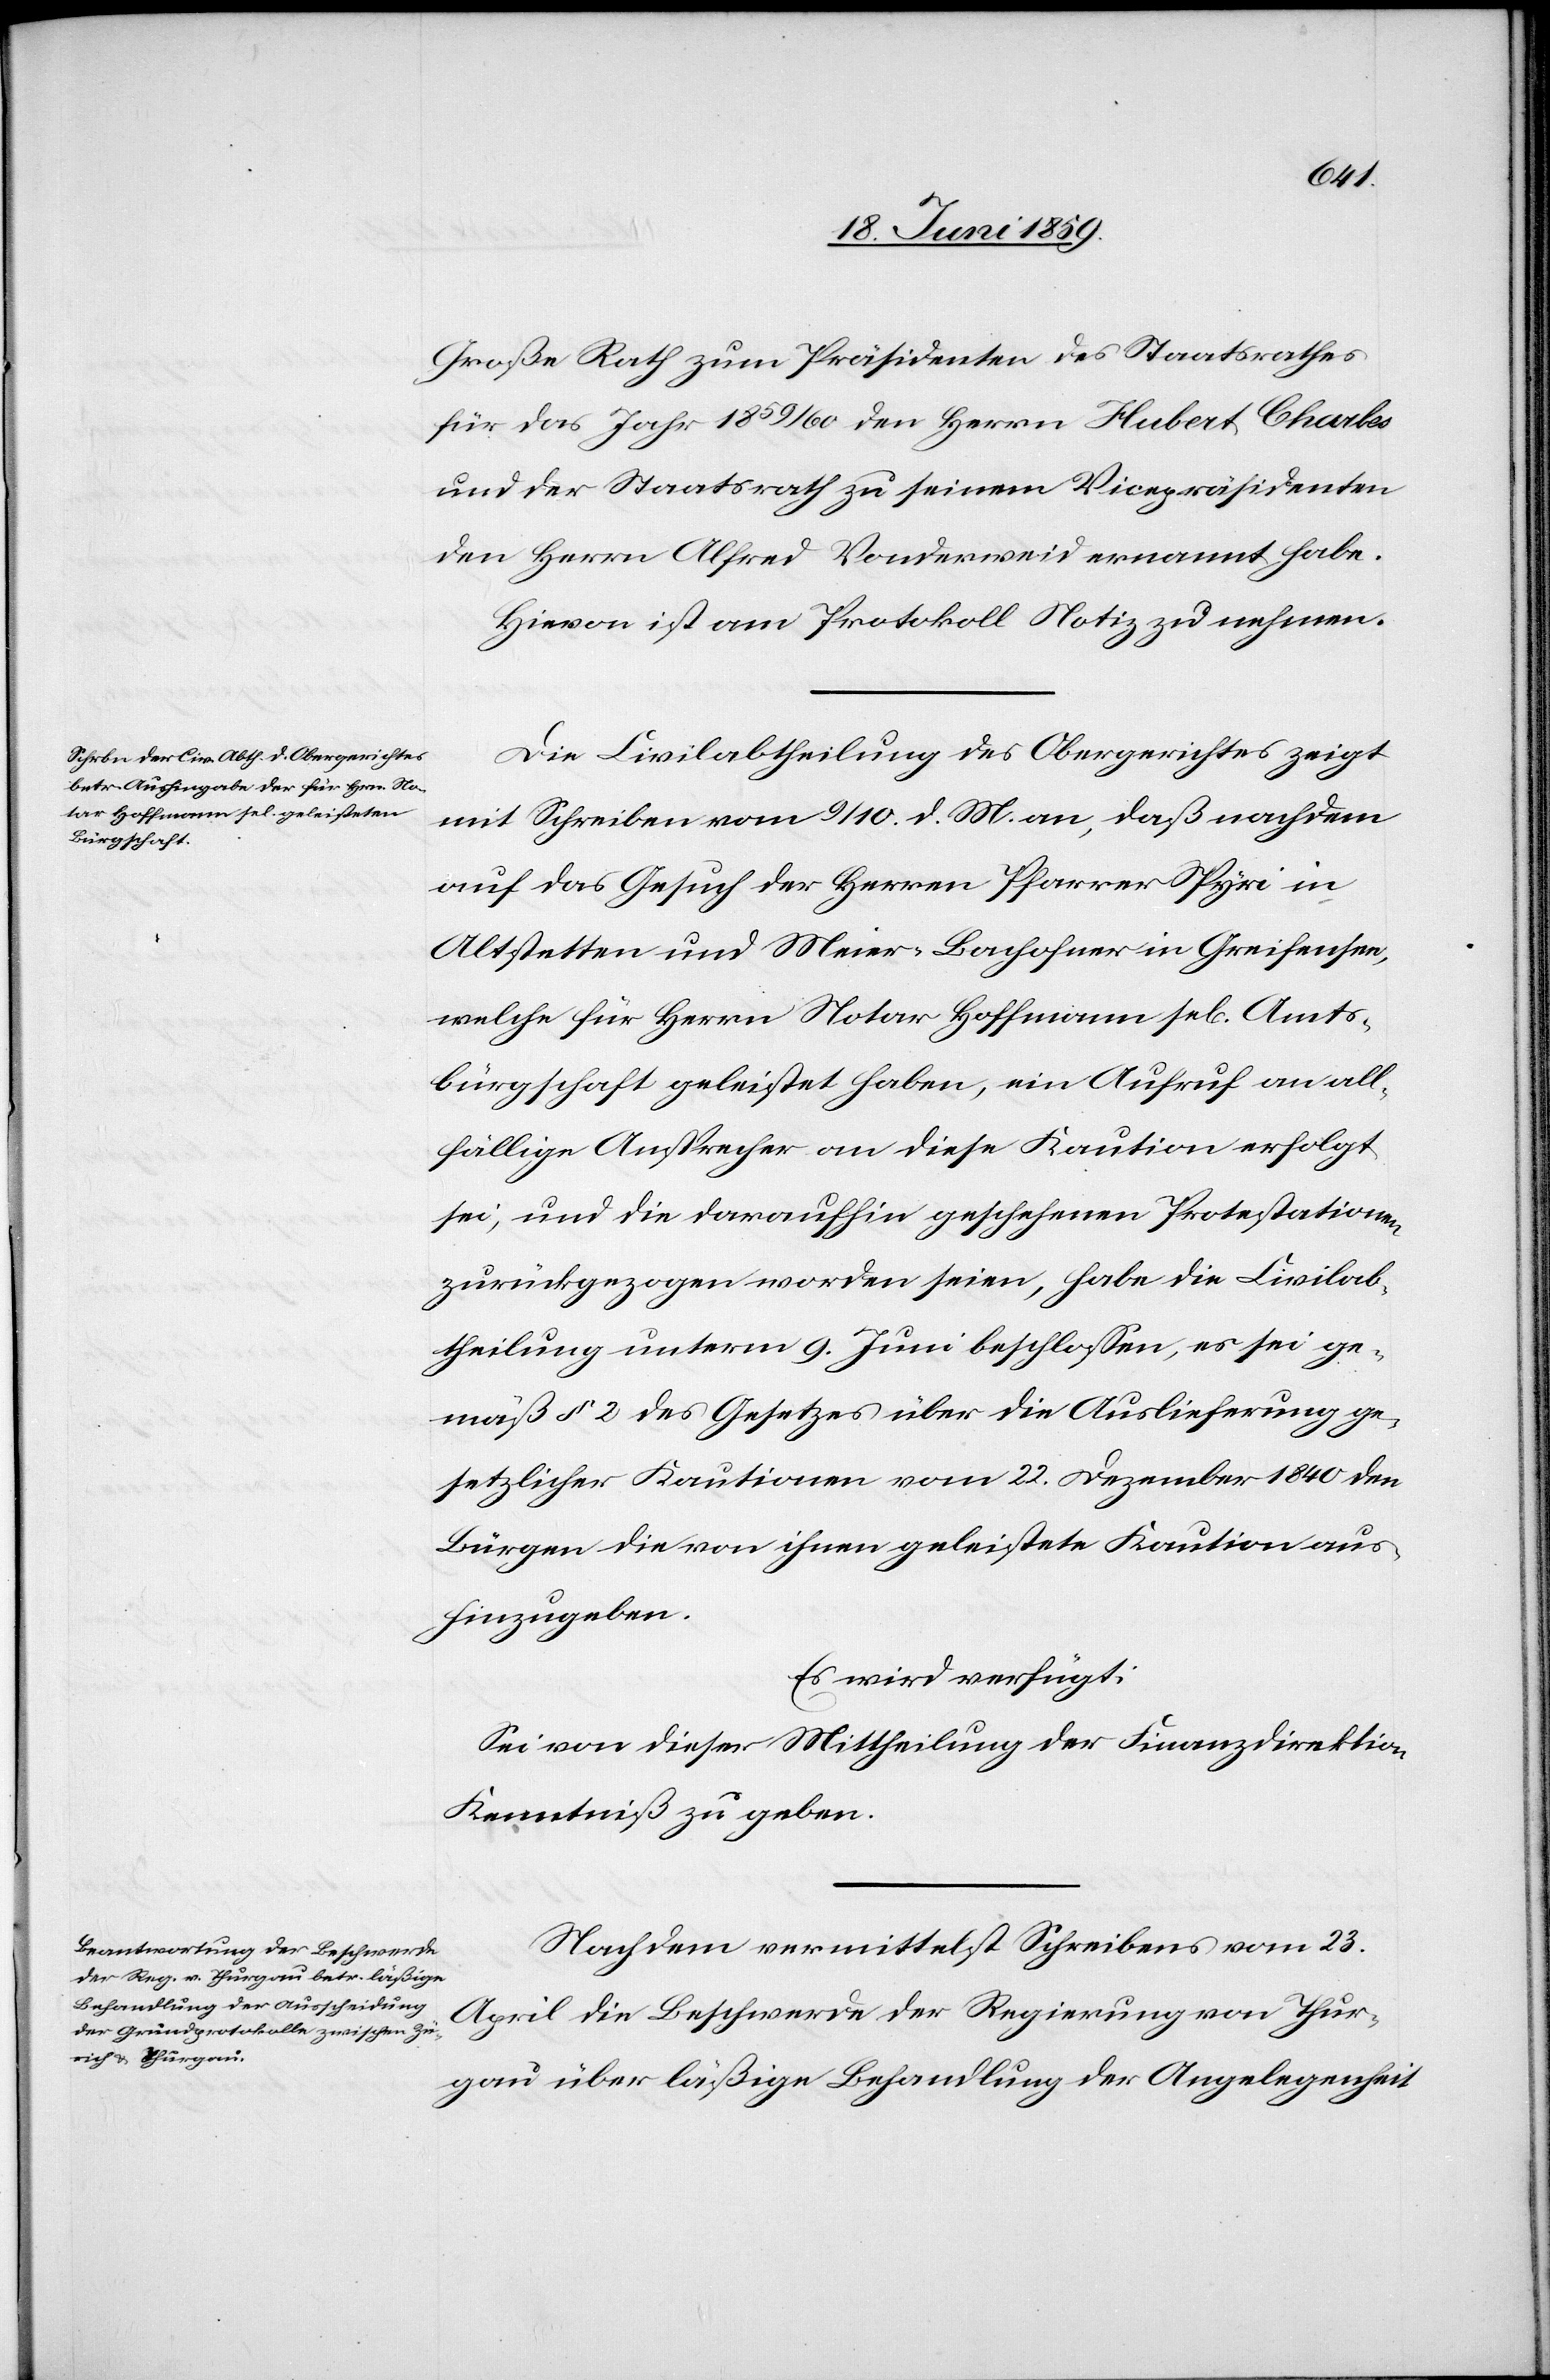
Große Rath zum Präsidenten des Staatsrathes
für das Jahr 1859/60 den Herrn Hubert Charles
und der Staatsrath zu seinem Vicepräsidenten
den Herrn Alfred Vonderweid ernannt habe.
Hievon ist am Protokoll Notiz zu nehmen.
Die Civilabhteilung des Obergerichtes zeigt
mit Schreiben vom 9/10. d. M. an, daß nachdem
auf das Gesuch der Herren Pfarrer Spyri in
Altstetten und Meier-Bachofner in Greifensee,
welche für Herrn Notar Hoffmann sel. Amts¬
bürgschaft geleistet haben, ein Aufruf an all¬
fällige Ansprecher an diese Kaution erfolgt
sei, und die daraufhin geschehenen Protestationen
zurückgezogen worden seien, habe die Civilab¬
theilung unterm 9. Juni beschlossen, es sei ge¬
mäß § 2 des Gesetzes über die Auslieferung ge¬
setzlicher Kautionen vom 22. Dezember 1840 den
Bürgen die von ihnen geleistete Kaution aus¬
hinzugeben.
Es wird verfügt:
Sei von dieser Mittheilung der Finanzdirektion
Kenntniß zu geben.
Nachdem vermittelst Schreibens vom 23.
April die Beschwerde der Regierung von Thur¬
gau über läßige Behandlung der Angelegenheit